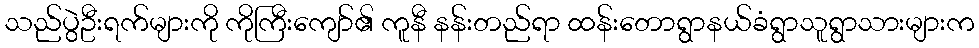
သည်ပွဲဦးရက်များကို ကိုကြီးကျော်၏ ကူနီ နန်းတည်ရာ ထန်းတောရွာနယ်ခံရွာသူရွာသားများက